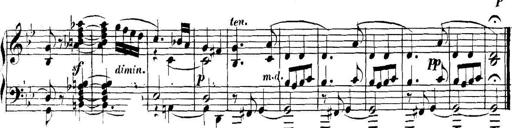
Title: Collected Piano Sonatas
Composer: Muzio Clementi